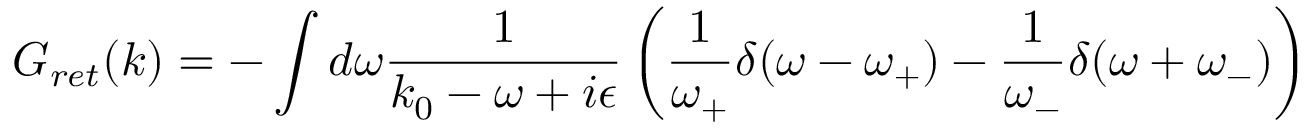
G _ { r e t } ( k ) = - \int d \omega \frac { 1 } { k _ { 0 } - \omega + i \epsilon } \left( \frac { 1 } { \omega _ { + } } \delta ( \omega - \omega _ { + } ) - \frac { 1 } { \omega _ { - } } \delta ( \omega + \omega _ { - } ) \right)